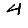
Digit: 4